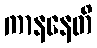
ကာနနေတိ